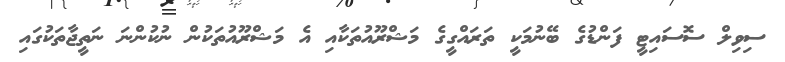
ސިވިލް ސޮސައިޓީ ފަންޑުގެ ބޭނުމަކީ ތަރައްގީގެ މަޝްރޫއުތަކާއި އެ މަޝްރޫއުތަކުން ނުކުންނަ ނަތީޖާތަކުގައި